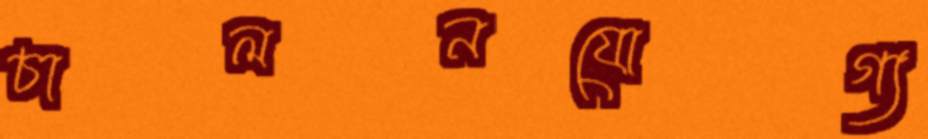
চালনযোগ্য